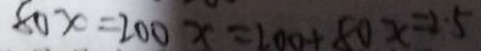
8 0 x = 2 0 0 x = 2 0 0 + 8 0 x = 2 . 5